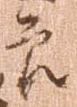
節